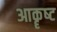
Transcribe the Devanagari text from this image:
आकॄष्‍ट